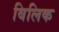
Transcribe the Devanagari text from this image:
बिलिक